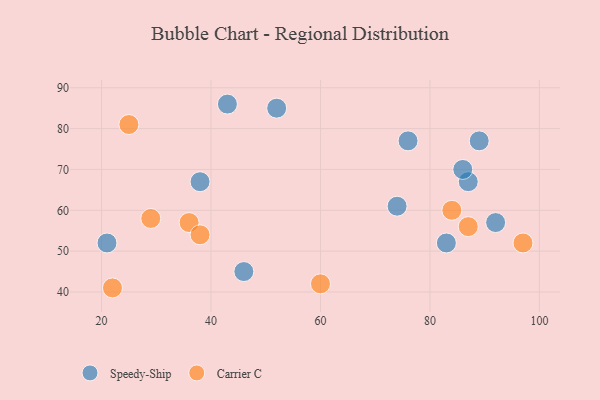
{"axis": {"x": "GDP", "y": "Life Expectancy"}, "legend": ["Carrier C", "Speedy-Ship"], "data": [{"x": "46", "y": 45, "type": "Speedy-Ship"}, {"x": "92", "y": 57, "type": "Speedy-Ship"}, {"x": "89", "y": 77, "type": "Speedy-Ship"}, {"x": "52", "y": 85, "type": "Speedy-Ship"}, {"x": "21", "y": 52, "type": "Speedy-Ship"}, {"x": "87", "y": 67, "type": "Speedy-Ship"}, {"x": "86", "y": 70, "type": "Speedy-Ship"}, {"x": "43", "y": 86, "type": "Speedy-Ship"}, {"x": "38", "y": 67, "type": "Speedy-Ship"}, {"x": "76", "y": 77, "type": "Speedy-Ship"}, {"x": "74", "y": 61, "type": "Speedy-Ship"}, {"x": "83", "y": 52, "type": "Speedy-Ship"}, {"x": "60", "y": 42, "type": "Carrier C"}, {"x": "25", "y": 81, "type": "Carrier C"}, {"x": "97", "y": 52, "type": "Carrier C"}, {"x": "22", "y": 41, "type": "Carrier C"}, {"x": "87", "y": 56, "type": "Carrier C"}, {"x": "29", "y": 58, "type": "Carrier C"}, {"x": "84", "y": 60, "type": "Carrier C"}, {"x": "36", "y": 57, "type": "Carrier C"}, {"x": "38", "y": 54, "type": "Carrier C"}]}